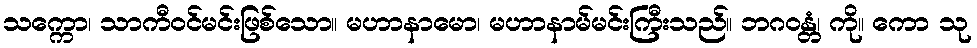
သက္ကော၊ သာကီဝင်မင်းဖြစ်သော။ မဟာနာမော၊ မဟာနာမ်မင်းကြီးသည်။ ဘဂဝန္တံ၊ ကို။ ကော သု